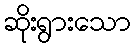
ဆိုးရွားသော